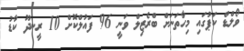
ވޯލްޑް ކަޕުގައި މިހާތަނަށް ބްރެޒިލް ވަނީ 96 ފައުލްކޮށް 10 ރީނދޫ ކާޑު